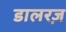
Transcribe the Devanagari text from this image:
डालरज़